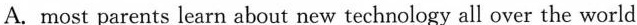
( )5.From the passage we can infer that\underline